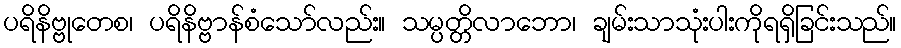
ပရိနိဗ္ဗုတေစ၊ ပရိနိဗ္ဗာန်စံသော်လည်း။ သမ္ပတ္တိလာဘော၊ ချမ်းသာသုံးပါးကိုရရှိခြင်းသည်။